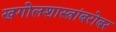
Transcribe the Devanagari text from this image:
खगोलशास्त्रांबरोबर